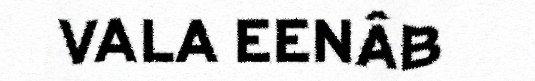
VALA EENÂB